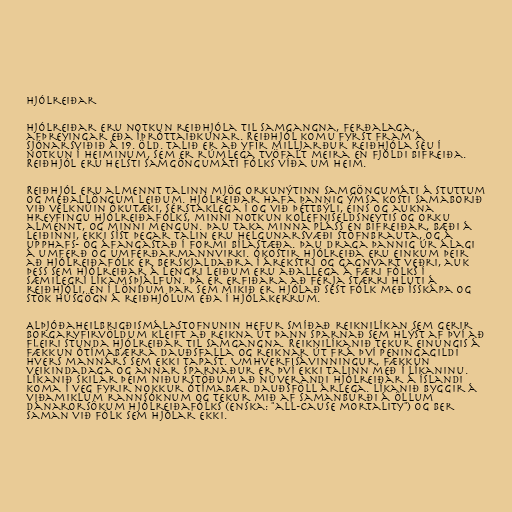
Hjólreiðar

Hjólreiðar eru notkun reiðhjóla til samgangna, ferðalaga,
afþreyingar eða íþróttaiðkunar. Reiðhjól komu fyrst fram á
sjónarsviðið á 19. öld. Talið er að yfir milljarður reiðhjóla séu í
notkun í heiminum, sem er rúmlega tvöfalt meira en fjöldi bifreiða.
Reiðhjól eru helsti samgöngumáti fólks víða um heim.

Reiðhjól eru almennt talinn mjög orkunýtinn samgöngumáti á stuttum
og meðallöngum leiðum. Hjólreiðar hafa þannig ýmsa kosti samaborið
við vélknúin ökutæki, sérstaklega í og við þéttbýli, eins og aukna
hreyfingu hjólreiðafólks, minni notkun kolefniseldsneytis og orku
almennt, og minni mengun. Þau taka minna pláss en bifreiðar, bæði á
leiðinni, ekki síst þegar talin eru helgunarsvæði stofnbrauta, og á
upphafs- og áfangastað í formi bílastæða. Þau draga þannig úr álagi
á umferð og umferðarmannvirki. Ókostir hjólreiða eru einkum þeir
að hjólreiðafólk er berskjaldaðra í árekstri og gagnvart veðri, auk
þess sem hjólreiðar á lengri leiðum eru aðallega á færi fólks í
sæmilegri líkamsþjálfun. Þá er erfiðara að ferja stærri hluti á
reiðhjóli, en í löndum þar sem mikið er hjólað sést fólk með ísskápa og
stök húsgögn á reiðhjólum eða í hjólakerrum.

Alþjóðaheilbrigðismálastofnunin hefur smíðað reiknilíkan sem gerir
borgaryfirvöldum kleift að reikna út þann sparnað sem hlýst af því að
fleiri stunda hjólreiðar til samgangna. Reiknilíkanið tekur einungis á
fækkun ótímabærra dauðsfalla og reiknar út frá því peningagildi
hvers mannárs sem ekki tapast. Umhverfisávinningur, fækkun
veikindadaga og annar sparnaður er því ekki talinn með í líkaninu.
Líkanið skilar þeim niðurstöðum að núverandi hjólreiðar á Íslandi
koma í veg fyrir nokkur ótímabær dauðsföll árlega. Líkanið byggir á
viðamiklum rannsóknum og tekur mið af samanburði á öllum
dánarorsökum hjólreiðafólks (enska: "all-cause mortality") og ber
saman við fólk sem hjólar ekki.